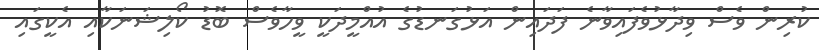
ކުރިން ވެސް ވިދާޅުވެފައިވާނެ ފަދައިން އަޅުގަނޑުގެ އުއްމީދަކީ ވީހާވެސް ބޮޑު ކޯލިޝަނަކާއި އެކީގައި